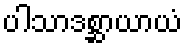
ပါသာဒစ္ဆာယာယံ